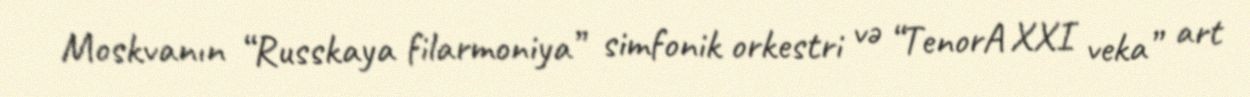
Moskvanın “Russkaya filarmoniya” simfonik orkestri və “TenorA XXI veka” art